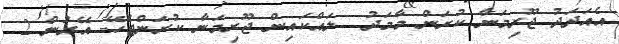
އެއަދަދު ޖޫރިމަނާ ކުރަން މާމަދު  ލައްކައިން ޖޫރިމަނާ ކުރަންޖެހޭ- އޭރުން 2